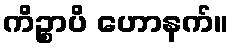
ကိဉ္စာပိ ဟောနက်။